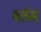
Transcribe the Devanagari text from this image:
बर्तम